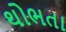
થોભતા